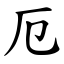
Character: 厄